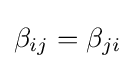
\beta _{ij}=\beta _{ji}